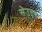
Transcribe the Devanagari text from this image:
सेउत्तर